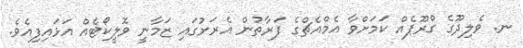
ނ. ވެލިދޫގެ ގްރޫޕެއް ކަމަށްވާ އެމްއެޗްގެ ފަރާތުން އެރަށުގައި ޒަމާނީ ވޮލީކޯޓެއް އަޅައިފިއެވެ.